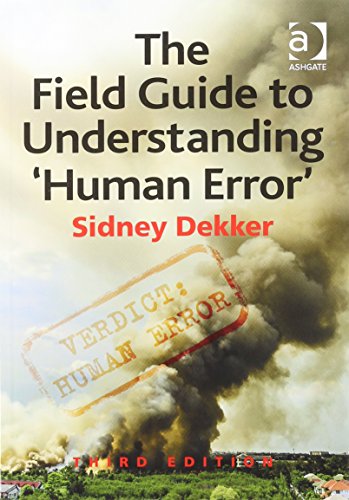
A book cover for The Field Guide to Understanding 'Human Error'; Sidney Dekker; Health, Fitness & Dieting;